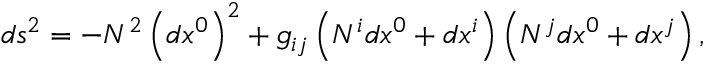
d s _ { { } } ^ { 2 } = - N ^ { 2 } \left( d x ^ { 0 } \right) ^ { 2 } + g _ { i j } \left( N ^ { i } d x ^ { 0 } + d x ^ { i } \right) \left( N ^ { j } d x ^ { 0 } + d x ^ { j } \right) ,